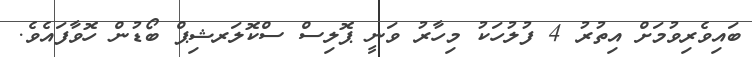
ބައިވެރިވުމަށް އިތުރު 4 ފުލުހަކު މިހާރު ވަނީ ޕޮލިސް ސްކޮލަރޝިޕް ބޯޑުން ހޮވާފައެެވެ.